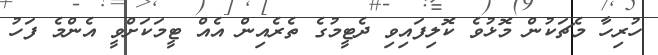
ހުރިހާ މެޗަކުން މޮޅުވެ ކޮލިފައިވި ދެޓީމުގެ ތެރެއިން އެއް ޓީމަކަށްވީ އެންމެ ފަހު